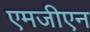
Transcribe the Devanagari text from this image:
एमजीएन